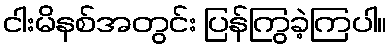
ငါးမိနစ်အတွင်း ပြန်ကြွခဲ့ကြပါ။